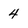
Character: 4